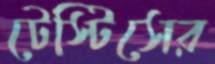
টেস্টিসের